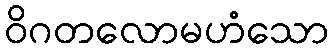
ဝိဂတလောမဟံသော